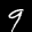
Label: 9